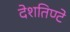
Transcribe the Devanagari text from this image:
देशतिण्टे